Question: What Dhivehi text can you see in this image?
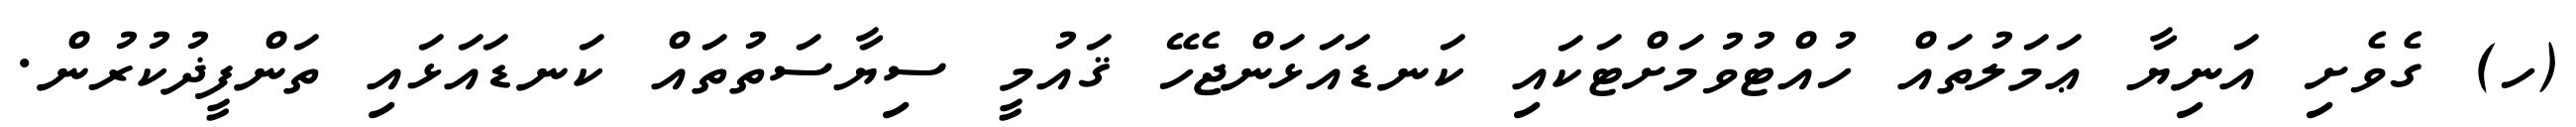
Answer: (ހ) ގެވެށި އަނިޔާ ޢަމަލުތައް ހުއްޓުވުމަށްޓަކައި ކަނޑައަޅަންޖެހޭ ޤައުމީ ސިޔާސަތުތައް ކަނޑައަޅައި ތަންފީޛުކުރުން.